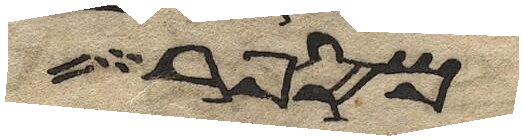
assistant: מספר